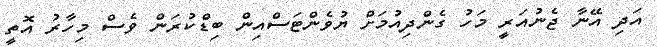
އަދި އޭނާ ޖެނުއަރީ މަހު ގެންދިއުމަށް ޔުވެންޓަސްއިން ބިޑްކުރަން ވެސް މިހާރު އޮތީ